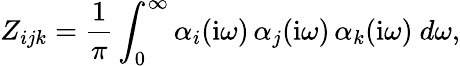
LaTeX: Z_{ijk}=\frac 1\pi\int_{0}^{\infty}\alpha_{i}(\mathrm{i}\omega)\, \alpha_{j}(\mathrm{i}\omega)\, \alpha_{k}(\mathrm{i}\omega)~d\omega,